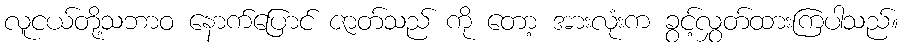
လူငယ်တို့သဘာဝ နောက်ပြောင် ဇာတ်သည် ကို တော့ အားလုံးက ခွင့်လွှတ်ထားကြပါသည်။